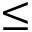
\leq